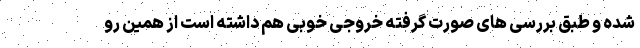
شده و طبق بررسی های صورت گرفته خروجی خوبی هم داشته است از همین رو